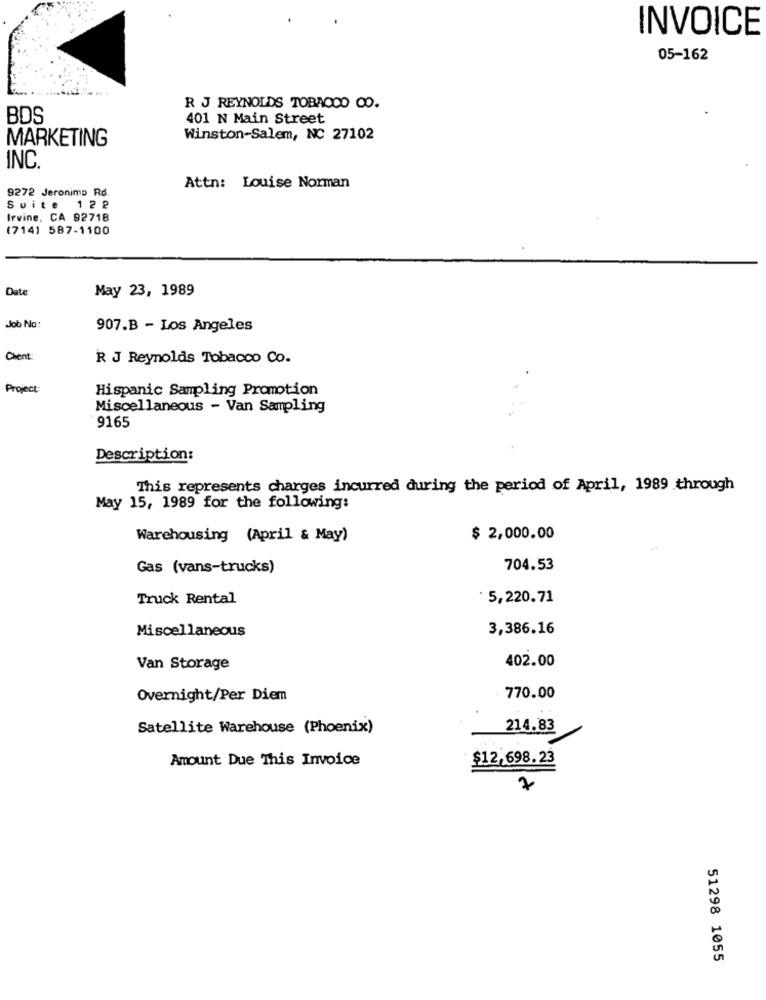
INVOICE
05-162
R J REYNOLDS TOBACCO CO.
BDS
401 N Main Street
MARKETING
Winston-Salem, NC 27102
INC.
9272 Jeronimo Rd
Attn: Louise Norman
Suite 122
Irvine, CA 82718
(714) 587-1100
Date
May 23, 1989
Job No:
907.B - Los Angeles
Client:
R J Reynolds Tobacco Co.
Project:
Hispanic Sampling Promotion
Miscellaneous - Van Sampling
9165
Description:
This represents charges incurred during the period of April, 1989 through
May 15, 1989 for the following:
Warehousing (April & May)
$ 2,000.00
Gas (vans-trucks)
704.53
Truck Rental
· 5,220.71
Miscellaneous
3,386.16
402.00
Van Storage
Overnight/Per Diem
770.00
Satellite Warehouse (Phoenix)
214.83
Amount Due This Invoice
$12,698.23
7
51298 1055